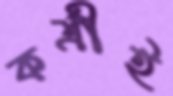
কর্ত্রীই